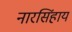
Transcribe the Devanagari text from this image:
नारसिंहाय